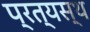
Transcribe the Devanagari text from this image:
प्रत्यस्थ